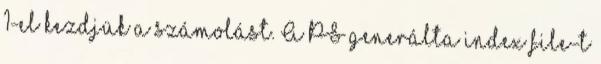
1-el kezdjük a számolást. A PS generálta index file-t